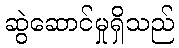
ဆွဲဆောင်မှုရှိသည်